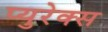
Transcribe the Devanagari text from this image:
प्युरेक्स